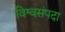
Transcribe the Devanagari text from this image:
विश्वसंपदा